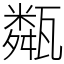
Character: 甐